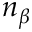
n _ { \beta }